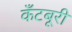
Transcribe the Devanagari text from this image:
कँटबूरी